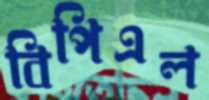
বিপিএল